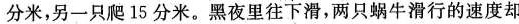
分米，另一只爬15分米。黑夜里往下滑，两只蜗牛滑行的速度却